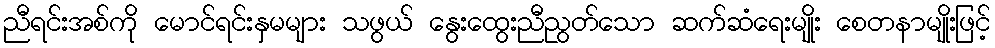
ညီရင်းအစ်ကို မောင်ရင်းနှမများ သဖွယ် နွေးထွေးညီညွတ်သော ဆက်ဆံရေးမျိုး စေတနာမျိုးဖြင့်